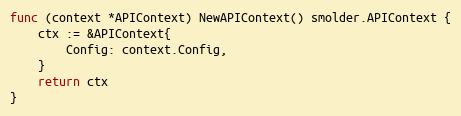
Language: Go
func (context *APIContext) NewAPIContext() smolder.APIContext {
	ctx := &APIContext{
		Config: context.Config,
	}
	return ctx
}